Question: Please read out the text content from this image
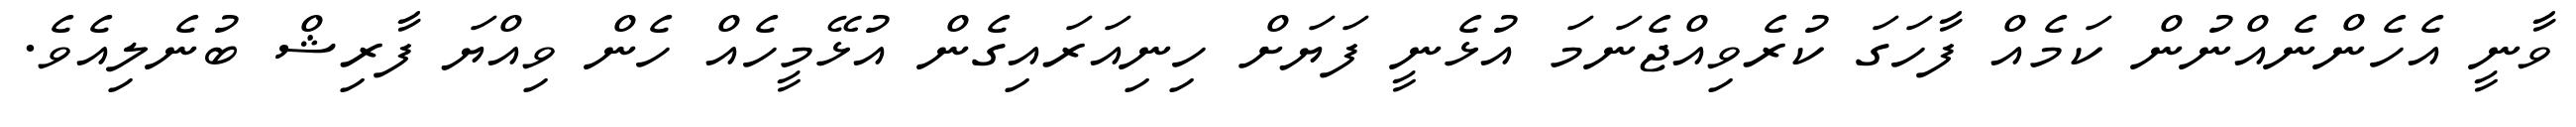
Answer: ވާނީ އެހެންނެއްނުން ކަމެއް ފާހަގަ ކުރެވިއްޖެނަމަ އުޅެނީ ފަޔަށް ހިނިއަރައިގެން އުޅޭމީހެއް ހެން ވިއްޔަ ފާރިޝް ބުނެލިއެވެ.